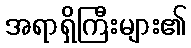
အရာရှိကြီးများ၏